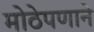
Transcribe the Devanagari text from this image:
मोठेपणाने